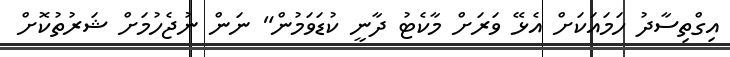
އިގްތިސާދު ހަމައަކަށް އެޅޭ ވަރަށް މާކެޓު ދާނީ ކުޑަވަމުން" ނަން ނުޖެހުމަށް ޝަރުތުކޮށް